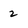
Character: 2